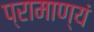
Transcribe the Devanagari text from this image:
प्रामाण्यं